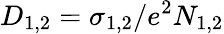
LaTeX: D_{1,2}=\sigma_{1,2}/e^{2}N_{1,2}